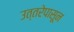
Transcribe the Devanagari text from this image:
उत्तरेपासून